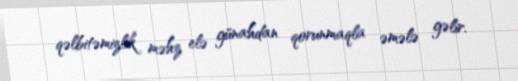
qəlbitəmizlik məhz elə günahdan qorunmaqla əmələ gəlir.